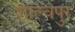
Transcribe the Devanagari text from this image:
शाल्वपुर